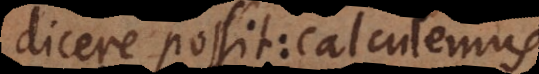
dicere possit: calculemus.